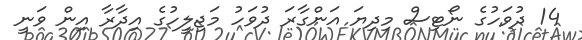
14 ދުވަހުގެ ނޯޓިސް މިދިޔަ އަންގާރަ ދުވަހު މަޖިލީހުގެ އިދާރާ އިން ވަނީ